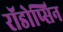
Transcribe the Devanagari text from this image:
रॉडोप्सिन